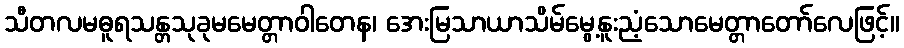
သီတလမဓူရသန္တသုခုမမေတ္တာဝါတေန၊ အေးမြသာယာသိမ်မွေ့နူးညံ့သောမေတ္တာတော်လေဖြင့်။